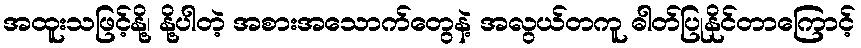
အထူးသဖြင့်နို့၊ နို့ပါတဲ့ အစားအသောက်တွေနဲ့ အလွယ်တကူ ဓါတ်ပြုနိုင်တာကြောင့်